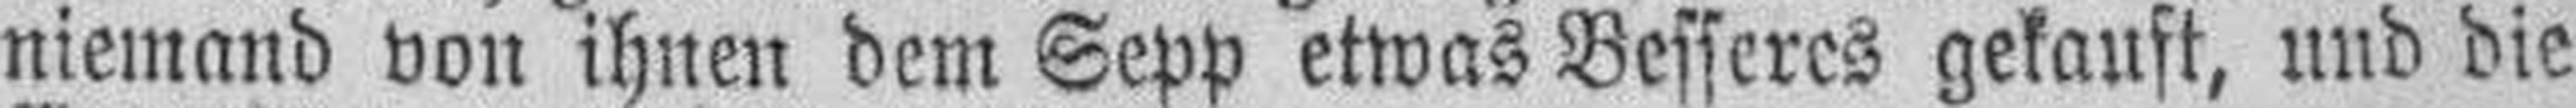
niemand von ihnen dem Sepp etwas Besseres gekauft, und die